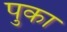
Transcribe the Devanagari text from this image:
पुका